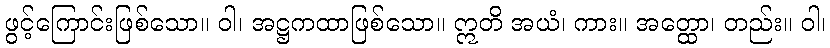
ဖွင့်ကြောင်းဖြစ်သော။ ဝါ၊ အဋ္ဌကထာဖြစ်သော။ ဣတိ အယံ၊ ကား။ အတ္ထော၊ တည်း။ ဝါ၊